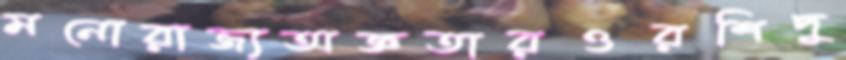
মনোরাজ্যঅজ্ঞতারওরশিদু